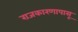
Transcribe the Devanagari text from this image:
राजकारणापासू